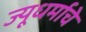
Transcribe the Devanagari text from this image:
ज्यूधर्माचे